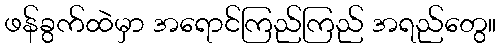
ဖန်ခွက်ထဲမှာ အရောင်ကြည်ကြည် အရည်တွေ။